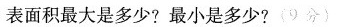
表面积最大是多少?最小是多少?(9分)